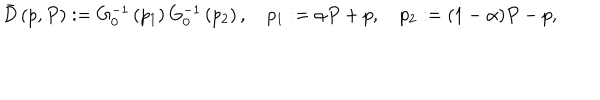
\bar { D } \left( p , P \right) : = G _ { 0 } ^ { - 1 } \left( p _ { 1 } \right) G _ { 0 } ^ { - 1 } \left( p _ { 2 } \right) , \quad p _ { 1 } : = \alpha P + p , \quad p _ { 2 } : = ( 1 - \alpha ) P - p ,